Scottish Leaving Certificate Examination, 1961
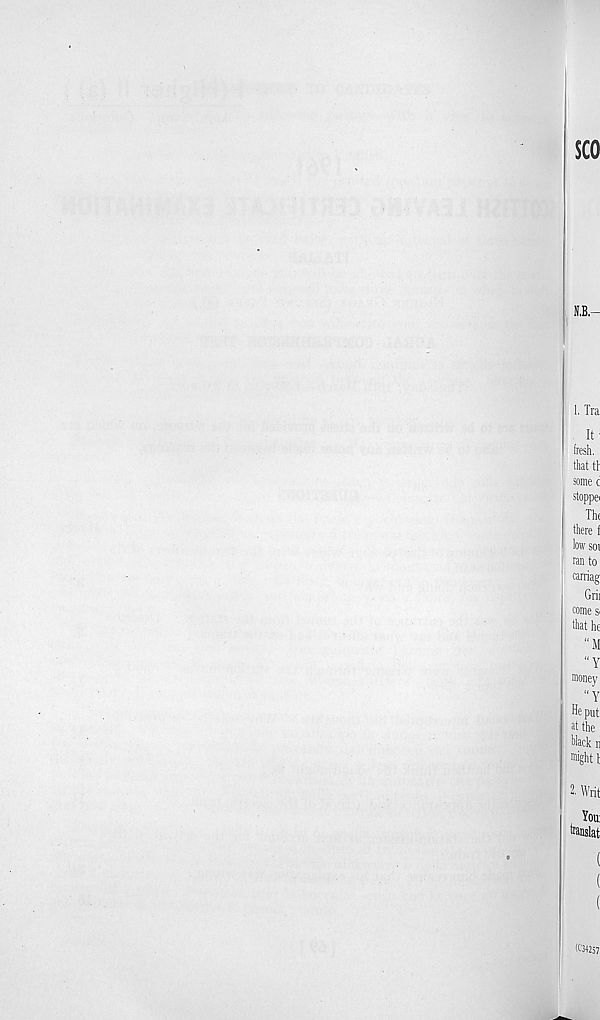
SCO
N.B.—
Lira
It-
fresh,
that tl
some c
stoppei
Thf
there f
low SOI
ran to
can-fag
Grii
come S'
that he
"M
“Y
money
"Y
He put
at the
black ii
might I
2. Writ
You:
twnslat
(034257